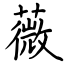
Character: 薇